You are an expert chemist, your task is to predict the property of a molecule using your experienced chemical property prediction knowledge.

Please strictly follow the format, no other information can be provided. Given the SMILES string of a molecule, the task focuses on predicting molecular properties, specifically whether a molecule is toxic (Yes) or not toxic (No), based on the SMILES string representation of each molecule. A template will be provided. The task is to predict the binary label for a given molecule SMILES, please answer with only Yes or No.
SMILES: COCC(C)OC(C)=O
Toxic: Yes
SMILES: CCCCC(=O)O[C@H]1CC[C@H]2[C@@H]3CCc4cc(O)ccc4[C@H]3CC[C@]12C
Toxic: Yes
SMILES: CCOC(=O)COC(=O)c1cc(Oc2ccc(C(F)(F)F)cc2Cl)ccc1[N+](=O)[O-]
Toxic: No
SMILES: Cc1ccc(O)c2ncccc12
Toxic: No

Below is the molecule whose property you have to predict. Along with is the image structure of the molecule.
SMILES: CC(CN1c2ccccc2Sc2ccccc21)N(C)C
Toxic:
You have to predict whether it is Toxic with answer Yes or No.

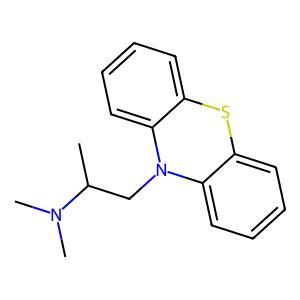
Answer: No